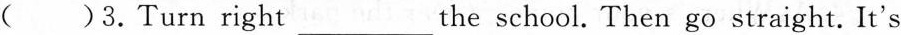
( )3.Turn right_the school. Then go straight. It's